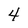
Character: 4